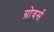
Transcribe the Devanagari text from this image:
ग्रोवर्स